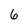
Character: 6